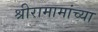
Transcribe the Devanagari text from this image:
श्रीरामामांच्या